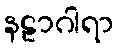
နဠာဂါရာ